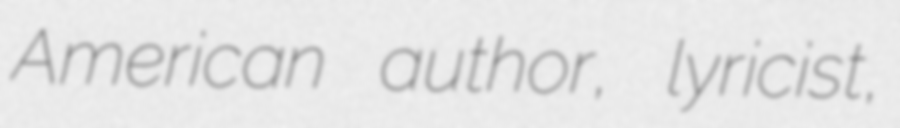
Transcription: American author, lyricist,